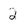
Character: 2